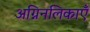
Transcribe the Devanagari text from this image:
अग्निनलिकाएँ